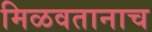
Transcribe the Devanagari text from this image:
मिळवतानाच